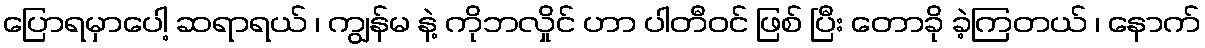
ပြောရမှာပေါ့ ဆရာရယ် ၊ ကျွန်မ နဲ့ ကိုဘလှိုင် ဟာ ပါတီဝင် ဖြစ် ပြီး တောခို ခဲ့ကြတယ် ၊ နောက်